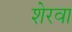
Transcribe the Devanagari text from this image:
शेरवा